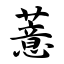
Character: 薏